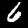
Label: 6